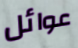
عوائل